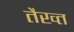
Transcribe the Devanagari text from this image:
तैख्त